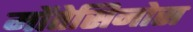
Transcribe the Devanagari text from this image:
मोंतेसिनोस